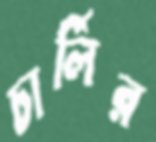
চার্লির